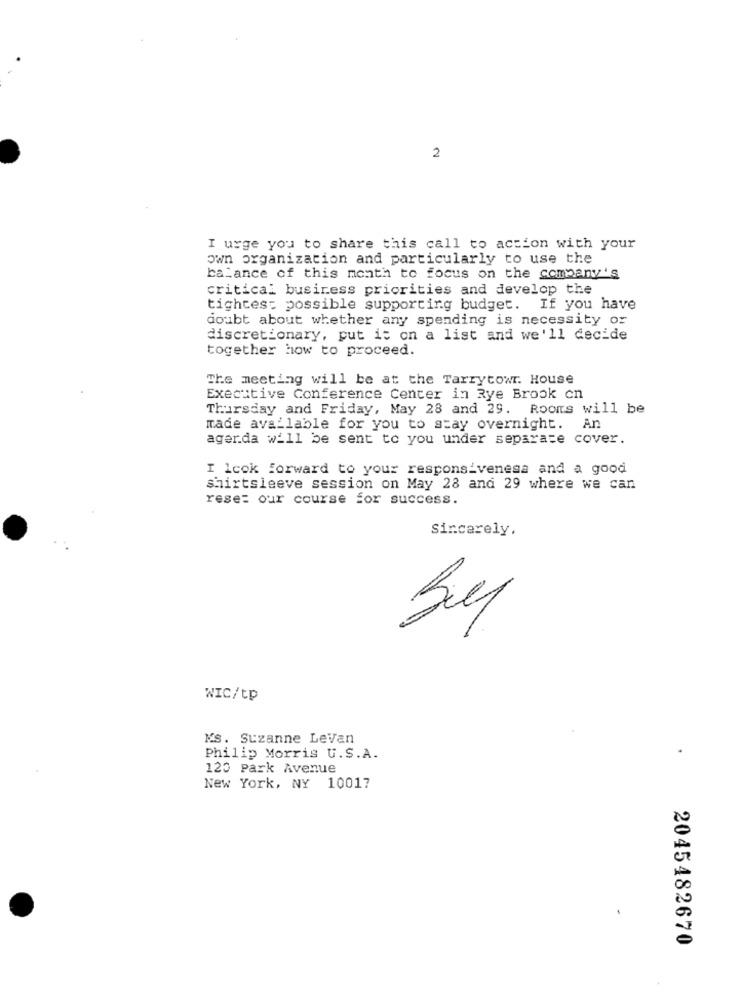
2
I urge you to share this call to action with your
own organization and particularly to use the
balance of this month to focus on the company's
critical business priorities and develop the
tightest possible supporting budget. If you have
doubt about whether any spending is necessity or
discretionary, put it on a list and we'll decide
together how to proceed.
The meeting will be at the Tarrytown. House
Executive Conference Center in Rye Brook cn
Thursday and Friday, May 28 and 29. Rooms will be
made available for you to stay overnight. An
ager.da will be sent to you under separate cover.
I look forward to your responsiveness and a good
shirtsleeve session on May 28 and 29 where we can
rese: our course for success.
sincerely,
WIC/tp
KS. Suzanne Levan
Philip Morris U.S.A.
120 Park Avenue
New York, NY 10017
2045482670